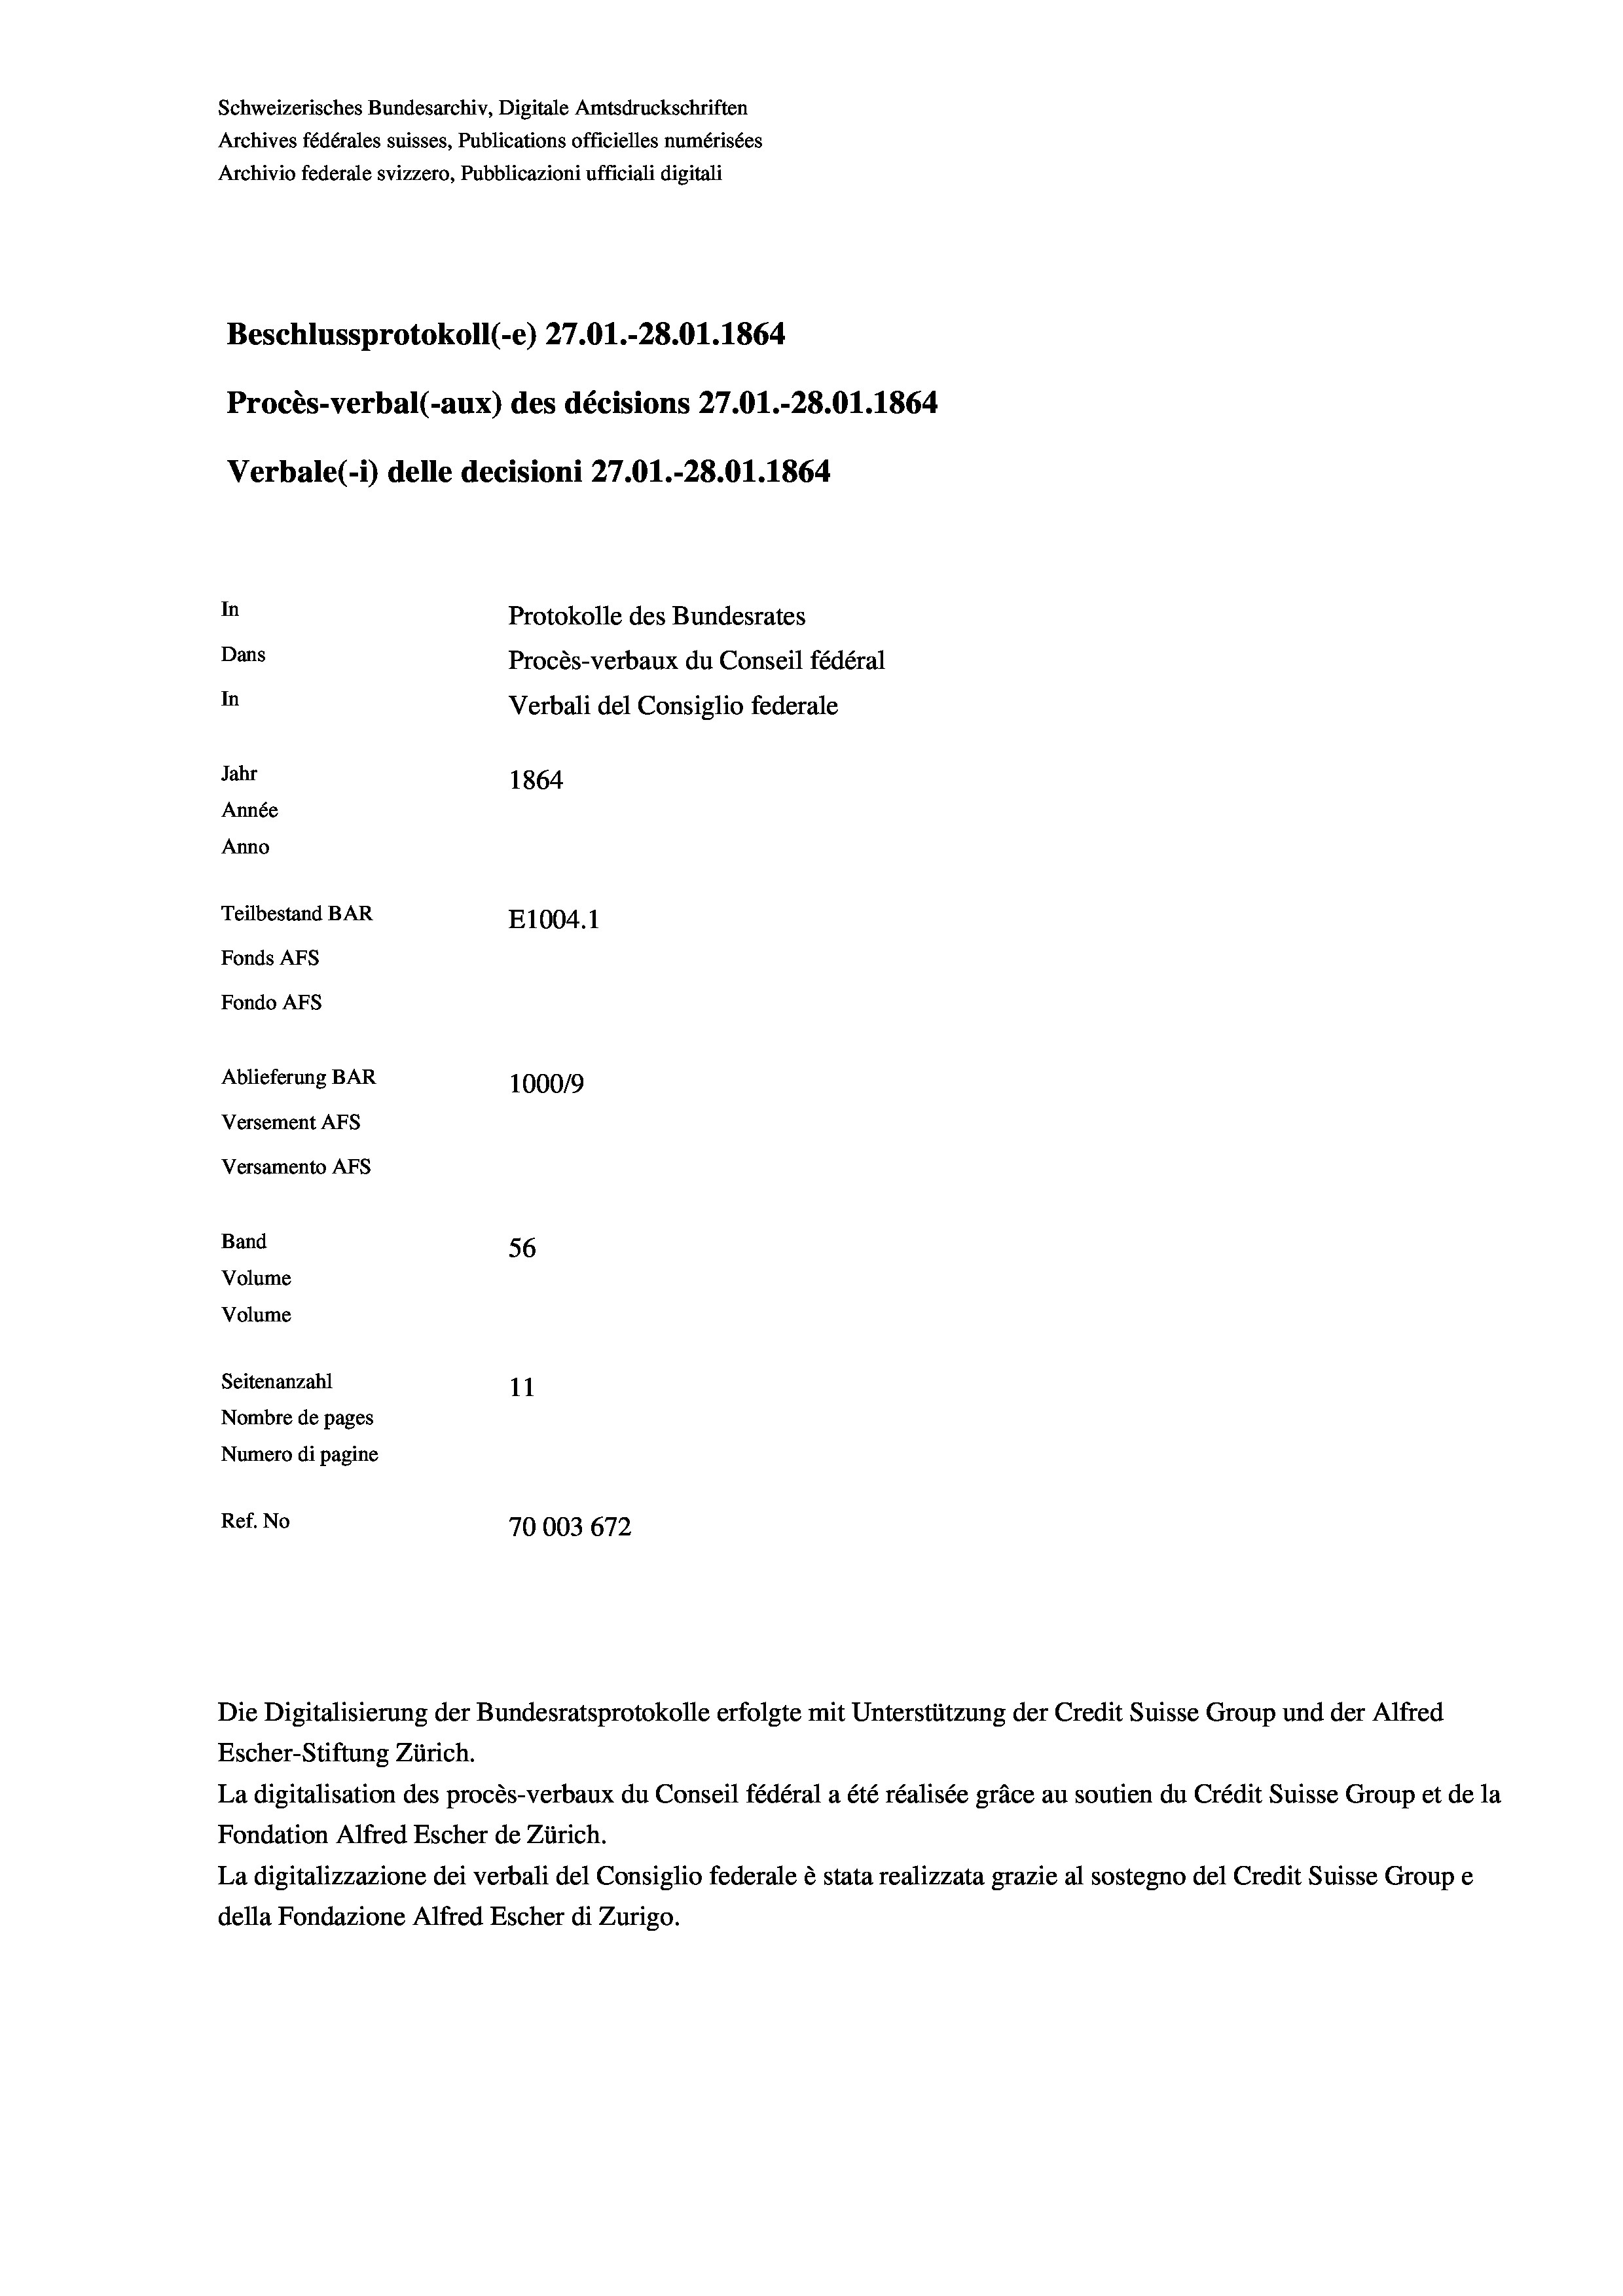
Schweizerisches Bundesarchiv, Digitale Amtsdruckschriften
Archives fédérales suisses, Publications officielles numérisées
Beschlussprotokoll (-e) 27.01.-28.01. 1864
Procès-verbal (-aux) des décisions 27.01.-28.01. 1864
In
Protokolle des Bundesrates
Dans
Procès-verbaux du Conseil fédéral
In
Verbali del Consiglio federale
Jahr
1864
Année
Anno
Teilbestand BAR
E1004. 1
Fonds AFs
Fondo AFs

Ablieferung BAR
Versement AFs
Versamento AFs
Band
Volume
Volume
Seitenanzahl

Archivio federale svizzero, Pubblicazioni ufficiali digitali

Verbale (1) delle decisioni 27.01.-28.01. 1864

100019
56
11
Nombre de pages
Numero di pagine
Ref. No
70003672

La digitalisation des procès-verbaux du Conseil fédéral a été réalisée gräce au soutien du Crédit Suisse Group et de la
Fondation Alfred Escher de Zürich.
La digitalizzazione dei verbali del Consiglio federale è stata realizzata grazie al sostegno del Credit Suisse Groupe
della Fondazione Alfred Escher di Zurigo.

Die Digitalisierung der Bundesratsprotokolle erfolgte mit Unterstützung der Credit Suisse Group und der Alfred
Escher-Stiftung Zürich.